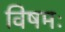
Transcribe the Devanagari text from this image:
विषमः